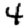
Digit: 4